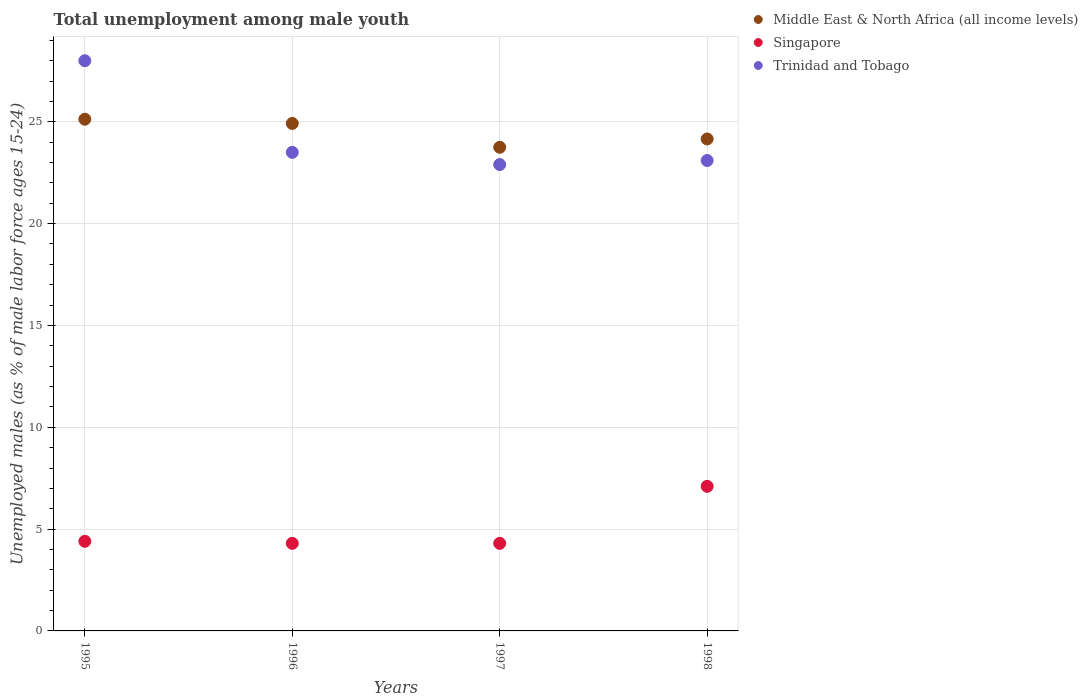
| Years | Middle East & North Africa (all income levels) | Singapore | Trinidad and Tobago |
 | --- | --- | --- | --- |
 | 1995 | 25.1 | 4.4 | 28 |
 | 1996 | 24.9 | 4.3 | 23.5 |
 | 1997 | 23.7 | 4.3 | 22.9 |
 | 1998 | 24.2 | 7.1 | 23.1 |